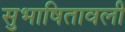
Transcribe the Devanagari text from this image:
सुभाषितावली